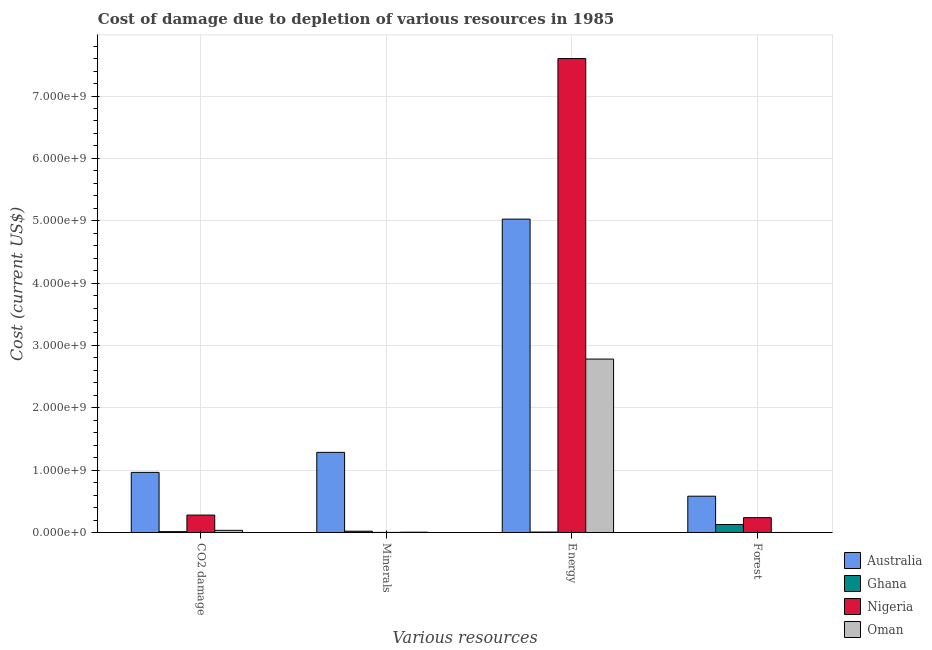
| Various resources | Australia | Ghana | Nigeria | Oman |
 | --- | --- | --- | --- | --- |
 | CO2 damage | 9.64e+08 | 1.33e+07 | 2.79e+08 | 3.46e+07 |
 | Minerals | 1.29e+09 | 2.08e+07 | 1.25e+06 | 4.45e+06 |
 | Energy | 5.03e+09 | 6.95e+06 | 7.6e+09 | 2.78e+09 |
 | Forest | 5.82e+08 | 1.28e+08 | 2.38e+08 | 1.15e+05 |